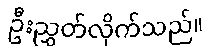
ဦးညွှတ်လိုက်သည်။